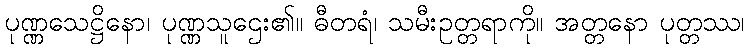
ပုဏ္ဏသေဋ္ဌိနော၊ ပုဏ္ဏသူဌေး၏။ ဓီတရံ၊ သမီးဥတ္တရာကို။ အတ္တနော ပုတ္တဿ၊